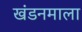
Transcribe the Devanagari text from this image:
खंडनमाला